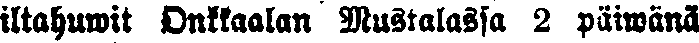
iltahuwit Onkkaalan Mustalassa 2 päiwänä